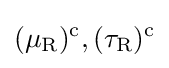
(\mu _{\rm {R}})^{\text{c}},(\tau _{\rm {R}})^{\text{c}}